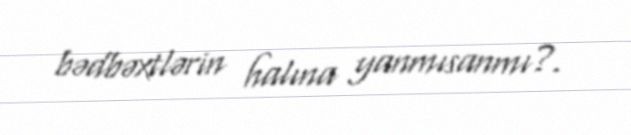
bədbəxtlərin halına yanmısanmı?.